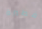
فطيرة